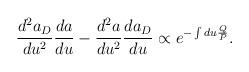
LaTeX: \begin{align*}\frac{d^2a_D}{du^2}\frac{da}{du}-\frac{d^2a}{du^2}\frac{da_D}{du}\propto e^{-\int du \frac{Q}{P}}.\end{align*}